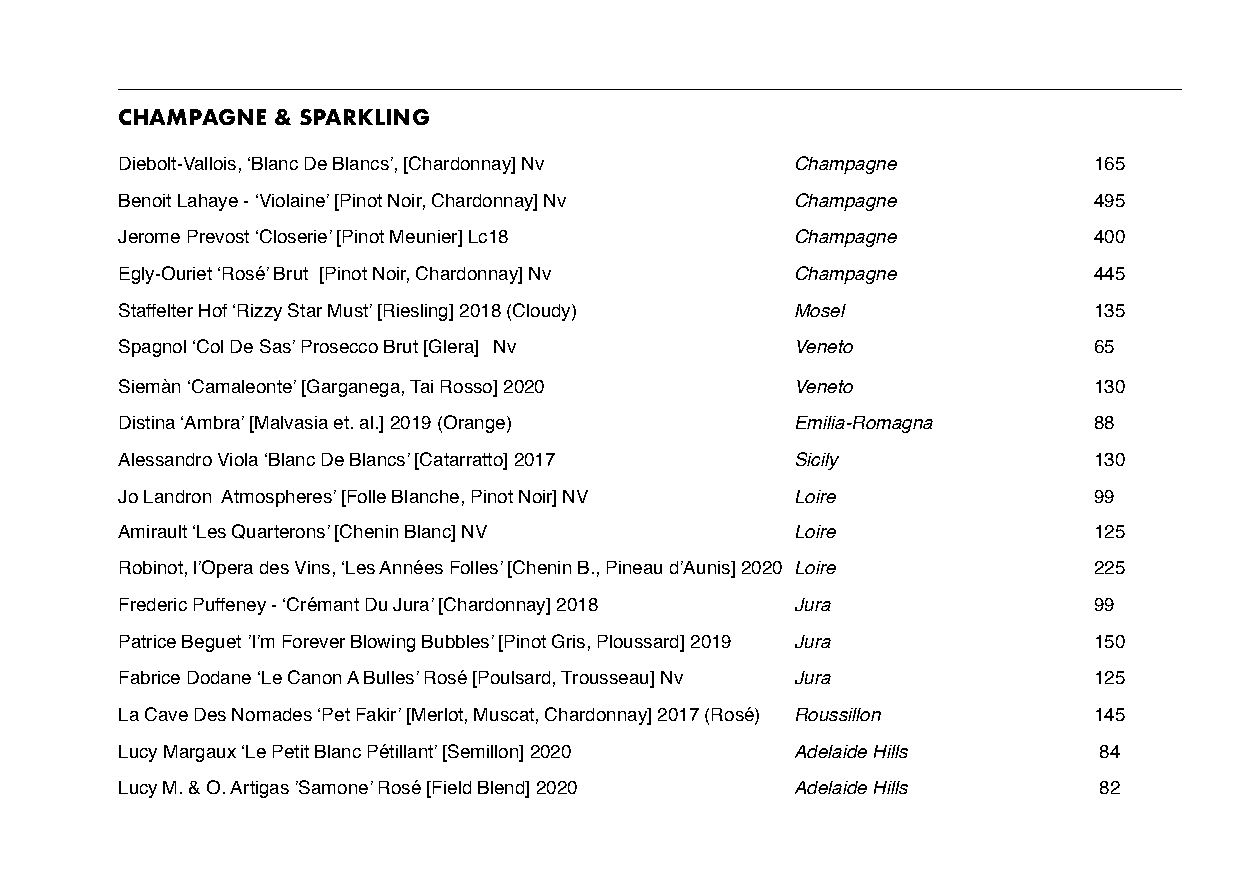
CHAMPAGNE & SPARKLING
 Diebolt-Vallois, ‘Blanc De Blancs’, [Chardonnay] Nv Champagne   165
 Benoit Lahaye - ‘Violaine’ [Pinot Noir, Chardonnay] Nv Champagne 495
 Jerome Prevost ‘Closerie’ [Pinot Meunier] Lc18 Champagne        400
 Egly-Ouriet ‘Rosé’ Brut [Pinot Noir, Chardonnay] Nv Champagne   445
 Staffelter Hof ‘Rizzy Star Must’ [Riesling] 2018 (Cloudy) Mosel 135
 Spagnol ‘Col De Sas’ Prosecco Brut [Glera] Nv Veneto            65
 Siemàn ‘Camaleonte’ [Garganega, Tai Rosso] 2020 Veneto          130
 Distina ‘Ambra’ [Malvasia et. al.] 2019 (Orange) Emilia-Romagna 88
 Alessandro Viola ‘Blanc De Blancs’ [Catarratto] 2017 Sicily     130
 Jo Landron Atmospheres’ [Folle Blanche, Pinot Noir] NV Loire    99
 Amirault ‘Les Quarterons’ [Chenin Blanc] NV  Loire              125
 Robinot, l’Opera des Vins, ‘Les Années Folles’ [Chenin B., Pineau d’Aunis] 2020 Loire 225
 Frederic Puffeney - ‘Crémant Du Jura’ [Chardonnay] 2018 Jura    99
 Patrice Beguet ’I’m Forever Blowing Bubbles’ [Pinot Gris, Ploussard] 2019 Jura 150
 Fabrice Dodane ‘Le Canon A Bulles’ Rosé [Poulsard, Trousseau] Nv Jura 125
 La Cave Des Nomades ‘Pet Fakir’ [Merlot, Muscat, Chardonnay] 2017 (Rosé) Roussillon 145
 Lucy Margaux ‘Le Petit Blanc Pétillant’ [Semillon] 2020 Adelaide Hills 84
 Lucy M. & O. Artigas ’Samone’ Rosé [Field Blend] 2020 Adelaide Hills 82